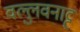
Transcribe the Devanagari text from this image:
वल्लुवनाट्ट